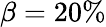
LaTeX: \beta=20\%